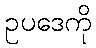
ဥပဒေကို